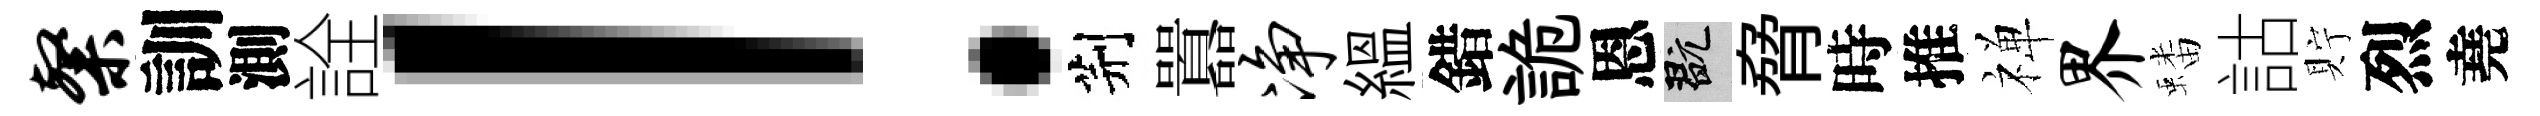
粲訓測詮！荆囂净緼錯詭恩玩脅時推禅界蟠詁貯烈堯